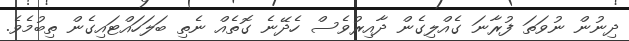
ދިނުން ނުވަތަ ފުރާނަ ގެއްލިގެން ދާއިރުވެސް ހެދޭނެ ގޮތެއް ނެތި ބަލަހައްޓައިގެން ތިބުމެވެ.